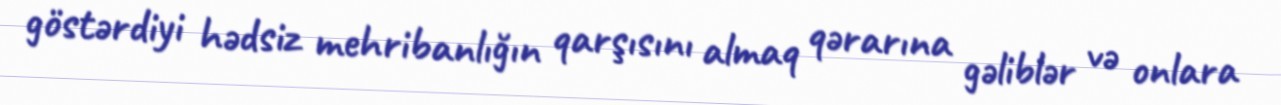
göstərdiyi hədsiz mehribanlığın qarşısını almaq qərarına gəliblər və onlara